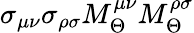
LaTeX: \sigma_{\mu\nu}\sigma_{\rho\sigma}M_{\Theta}^{\mu\nu}M_{\Theta}^{\rho\sigma}